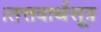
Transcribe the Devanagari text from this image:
।तत्तवार्थसूत्र